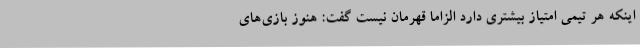
اینکه هر تیمی امتیاز بیشتری دارد الزاما قهرمان نیست گفت: هنوز بازی‌های